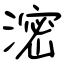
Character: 滵